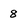
Character: 8